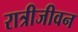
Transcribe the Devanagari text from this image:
रात्रीजीवन